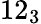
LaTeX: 12_{3}